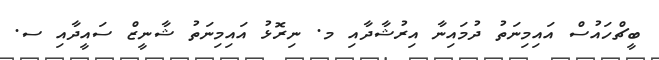
ބީޗްހައުސް އައިމިނަތު ދުމައިނާ އިރުޝާދާއި މ. ނިރޮޅު އައިމިނަތު ޝާނީޒް ސައީދާއި ސ.